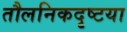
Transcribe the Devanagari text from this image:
तौलनिकदृष्टया